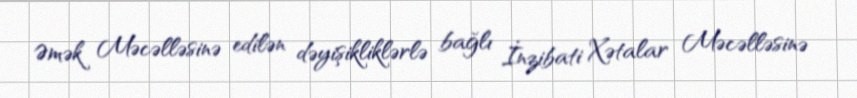
Əmək Məcəlləsinə edilən dəyişikliklərlə bağlı İnzibati Xətalar Məcəlləsinə